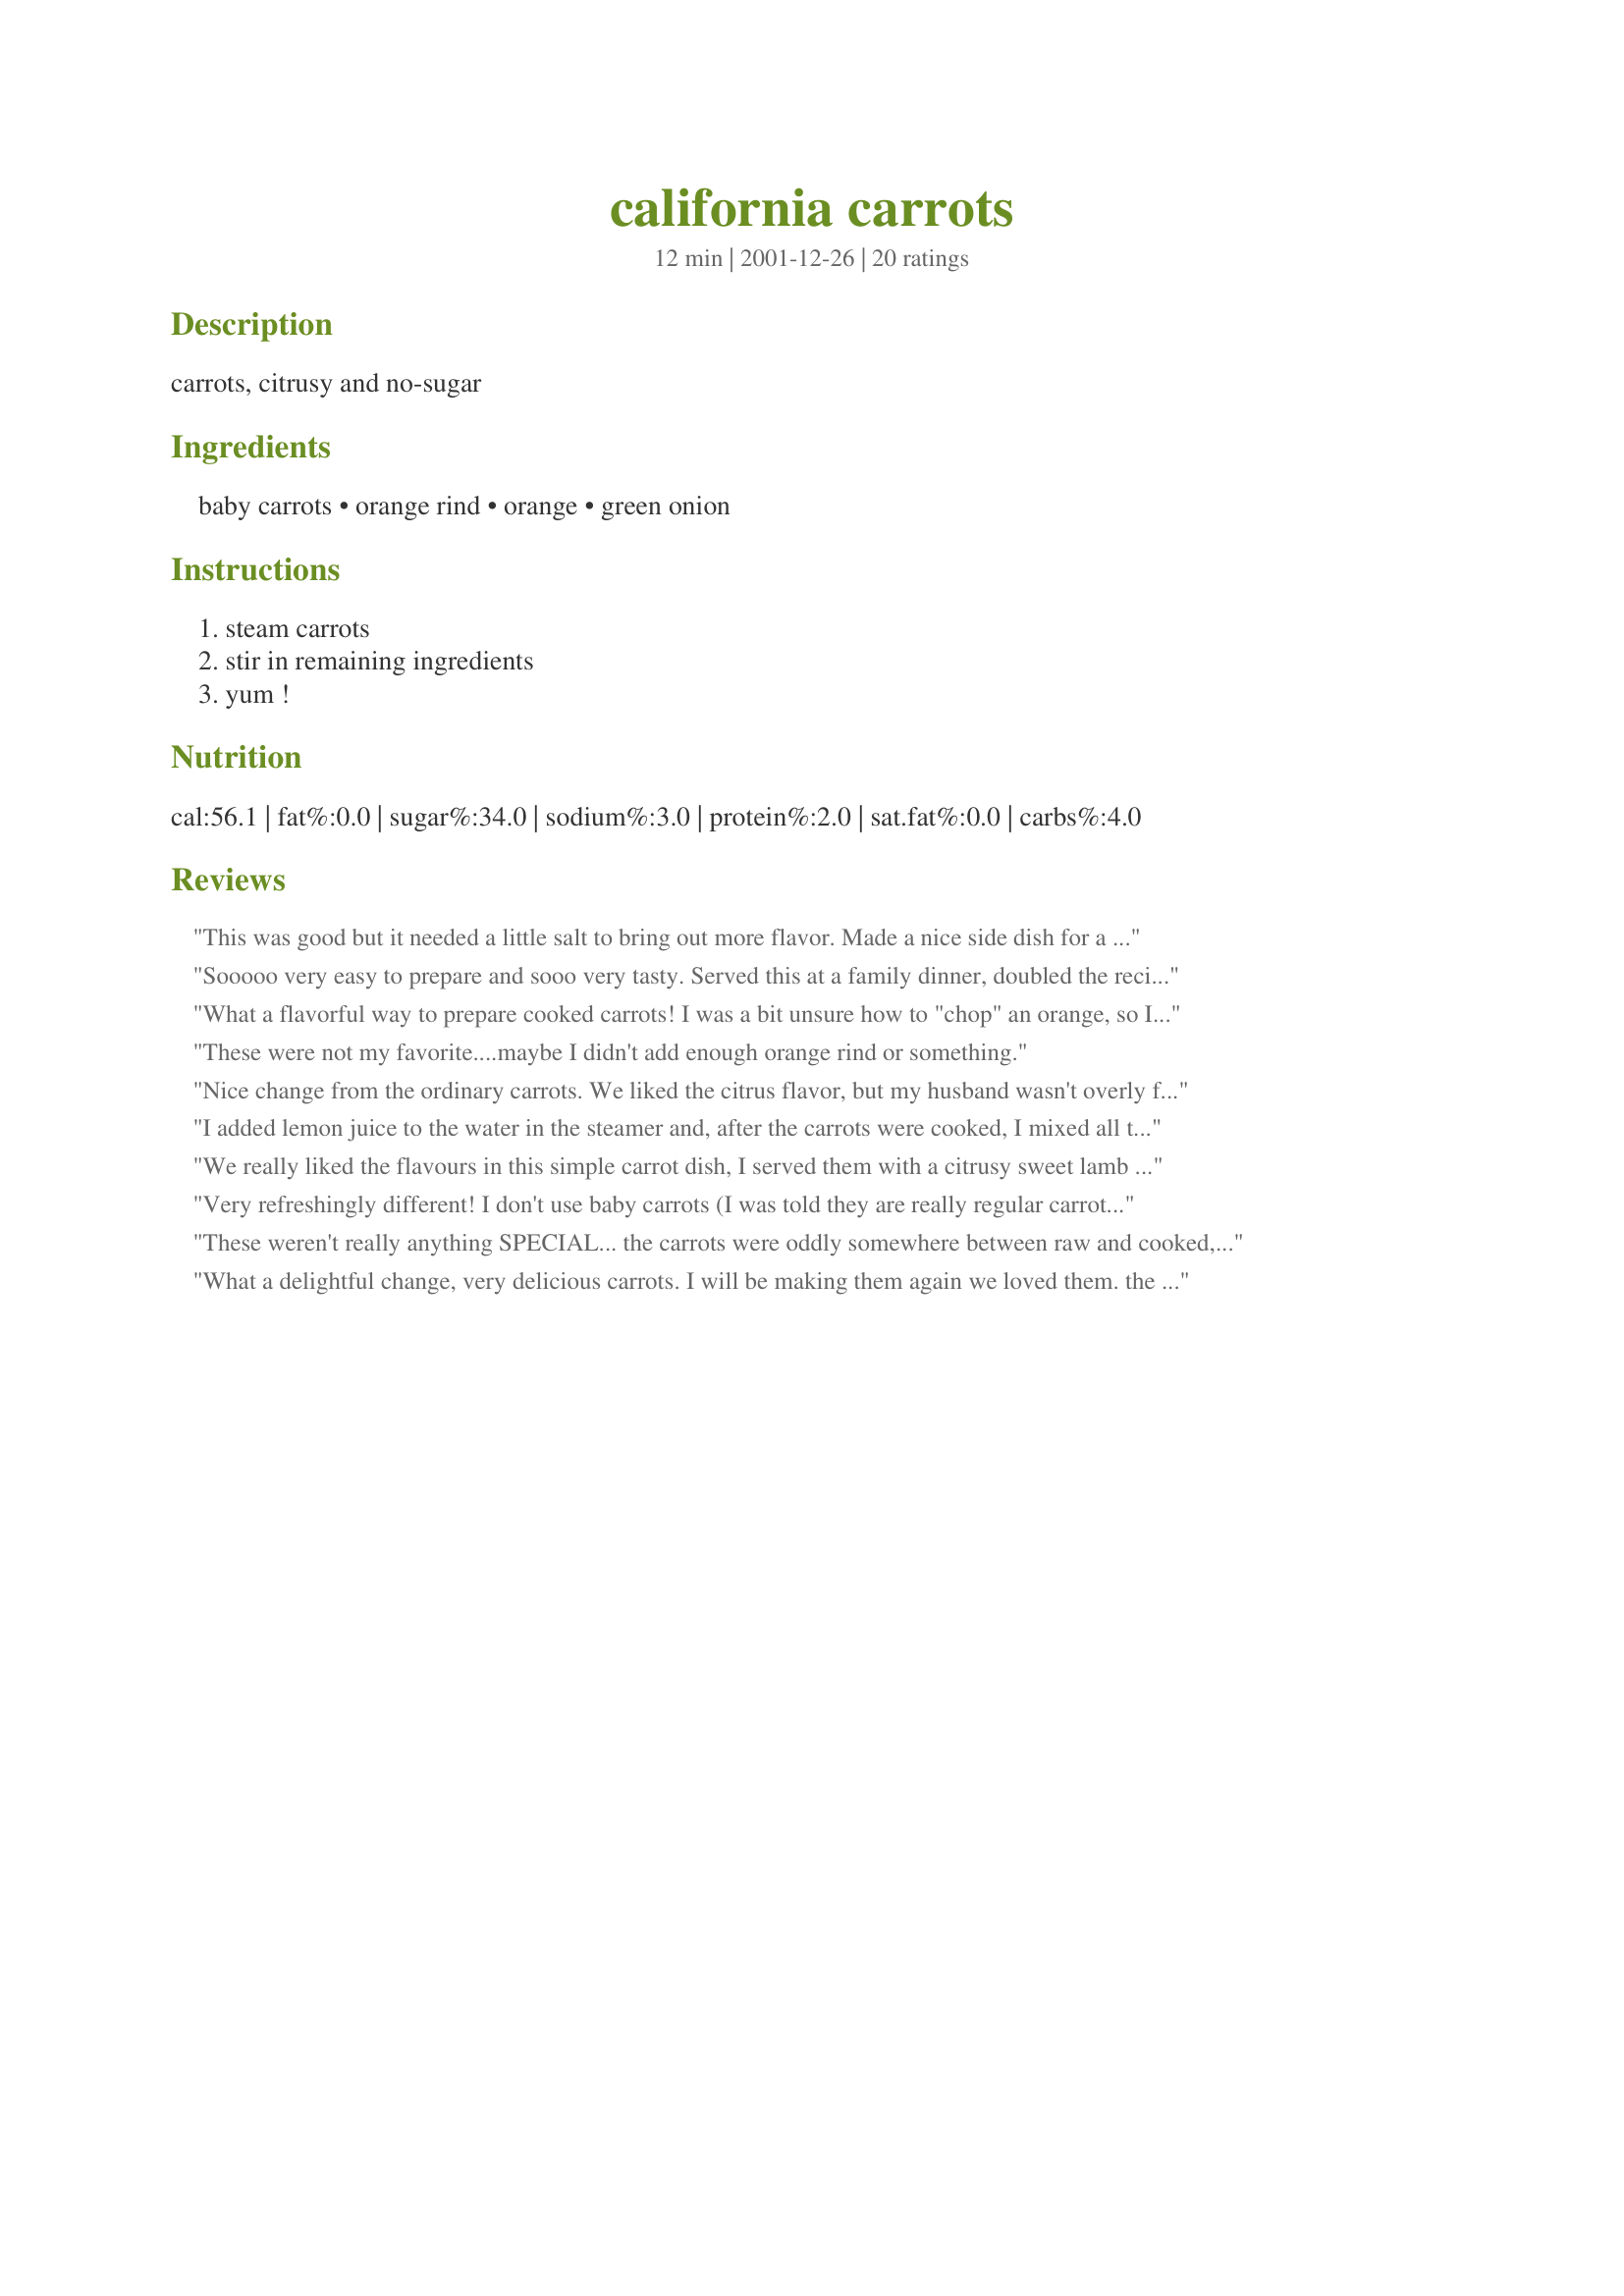
california carrots
Preparation time: 12 minutes

carrots, citrusy and no-sugar

Ingredients:
baby carrots, orange rind, orange, green onion

Steps:
steam carrots, stir in remaining ingredients, yum !

Reviews:
This was good but it needed a little salt to bring out more flavor. Made a nice side dish for a luncheon on the patio...Thank you!
Sooooo very easy to prepare and sooo very tasty. Served this at a family dinner, doubled the recipe, and there wasn't so much as a sliver of green onion left over. This is definitely a keeper and a pleasant change from plain steamed carrots.
What a flavorful way to prepare cooked carrots! I was a bit unsure how to "chop" an orange, so I peeled and sectioned it, then sliced each section as thinly as possible. I also used a sweet onion because I did not have a green onion, but the green onion would have added some nice color. I also added about a tablespoon of butter at the end to help the flavors blend. It was a winner!
These were not my favorite....maybe I didn't add enough orange rind or something.
Nice change from the ordinary carrots. We liked the citrus flavor, but my husband wasn't overly fond of the onions. He doesn't like raw things in cooked dishes.
I added lemon juice to the water in the steamer and, after the carrots were cooked, I mixed all the ingredients in a couple of tablespoons of orange juice over very low heat. Delicious recipe - thank you.
We really liked the flavours in this simple carrot dish, I served them with a citrusy sweet lamb shank recipe...creamy mashed potatoes and baby peas.
Thanks for sharing.
Very refreshingly different! I don't use baby carrots (I was told they are really regular carrots that are machine cut to appear to be baby carrots....don't know if it's true, but they don't taste that much different to me!), so I just cut mine up to the approximate size and proceeded with your recipe. I will definitely make them again. Tasty, easy and healthy.
These weren't really anything SPECIAL... the carrots were oddly somewhere between raw and cooked, and the flavors just didn't blend very well for us. It was worth a try, though. Thanks for posting.
What a delightful change, very delicious carrots. I will be making them again we loved them. the orange and green onion added a freshness to them. thanks for posting !
I thought these were just okay. The combination of carrots and orange just didn't work for me.
How surprising! These little carrots were delicious. My 9 year old step-daughter made them for our Easter Dinner. She doesn't like orange too much but she came back for seconds. And then took the leftovers home with her! They were wonderful. I did add some butter to the carrots after we drained them for personal taste preference. I also ended up omitting the onions as they seemed to have been forgotten during the shopping trip. I will make these again. Thanks for posting!
Sorry....but carrots and orange juice are LOADED with sugars.... 
of course you didn't need to add any.
Very tasty but next time I think I will add a little more orange juice it was a little understated (may have been the brand of orange I used Navel). I like the idea of a bit of tarragon too Thanks I will be making this recipe again
This was terrific! It never would have occurred to me to put this combination together. I particularly liked the combination of carrots and orange; I'm not sure I'll use the green onions next time, though -- I may like this even better with just the sweetness of the carrots and orange. A really lovely, fat-free recipe -- thanks so much for posting it.
loved it very light and fresh! Thanks
In spite of rocket scientist Brawny's remarks, my family found these quite delightful, and a very nice change from boiled or steamed plain carrots. I used naturally sweet mandarin oranges.
Thanks for such a lovely fresh tasting recipe for carrots. Will certainly be having them this way again. Cheers :)
These are excellent. My family loves carrots and we'd never had them like this. I threw in some cooked pearl onions just for the heck of it. This one's a keeper.
I really enjoyed the freshness and tang of the oranges. I thought it complimented the carrots very well. I might try a little tarragon with it next time.
